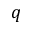
q